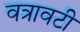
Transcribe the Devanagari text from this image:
वत्रावटी